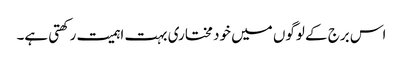
اس برج کے لوگوں میں خود مختاری بہت اہمیت رکھتی ہے۔